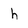
Character: h